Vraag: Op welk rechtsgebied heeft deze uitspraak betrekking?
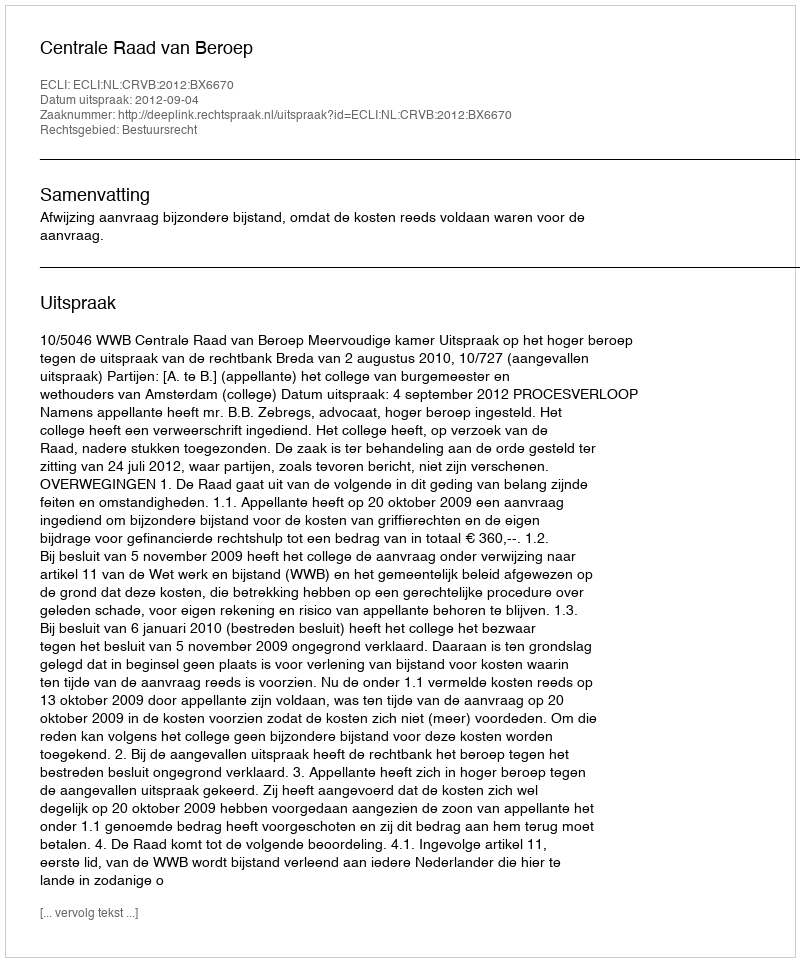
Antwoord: Bestuursrecht